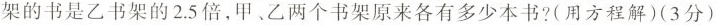
架的书是乙书架的2.5倍，甲、乙两个书架原来各有多少本书?(用方程解)(3分)